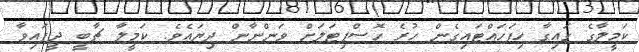
ކަމީލާގެ ގައިގާ ހިފަހައްޓައިގެން ހުރެ ހޮސްޕިޓަލަށް ވަންނާން ދިޔައެވެ. ކަމީލާ ޗާބީ ދީފައިވާ